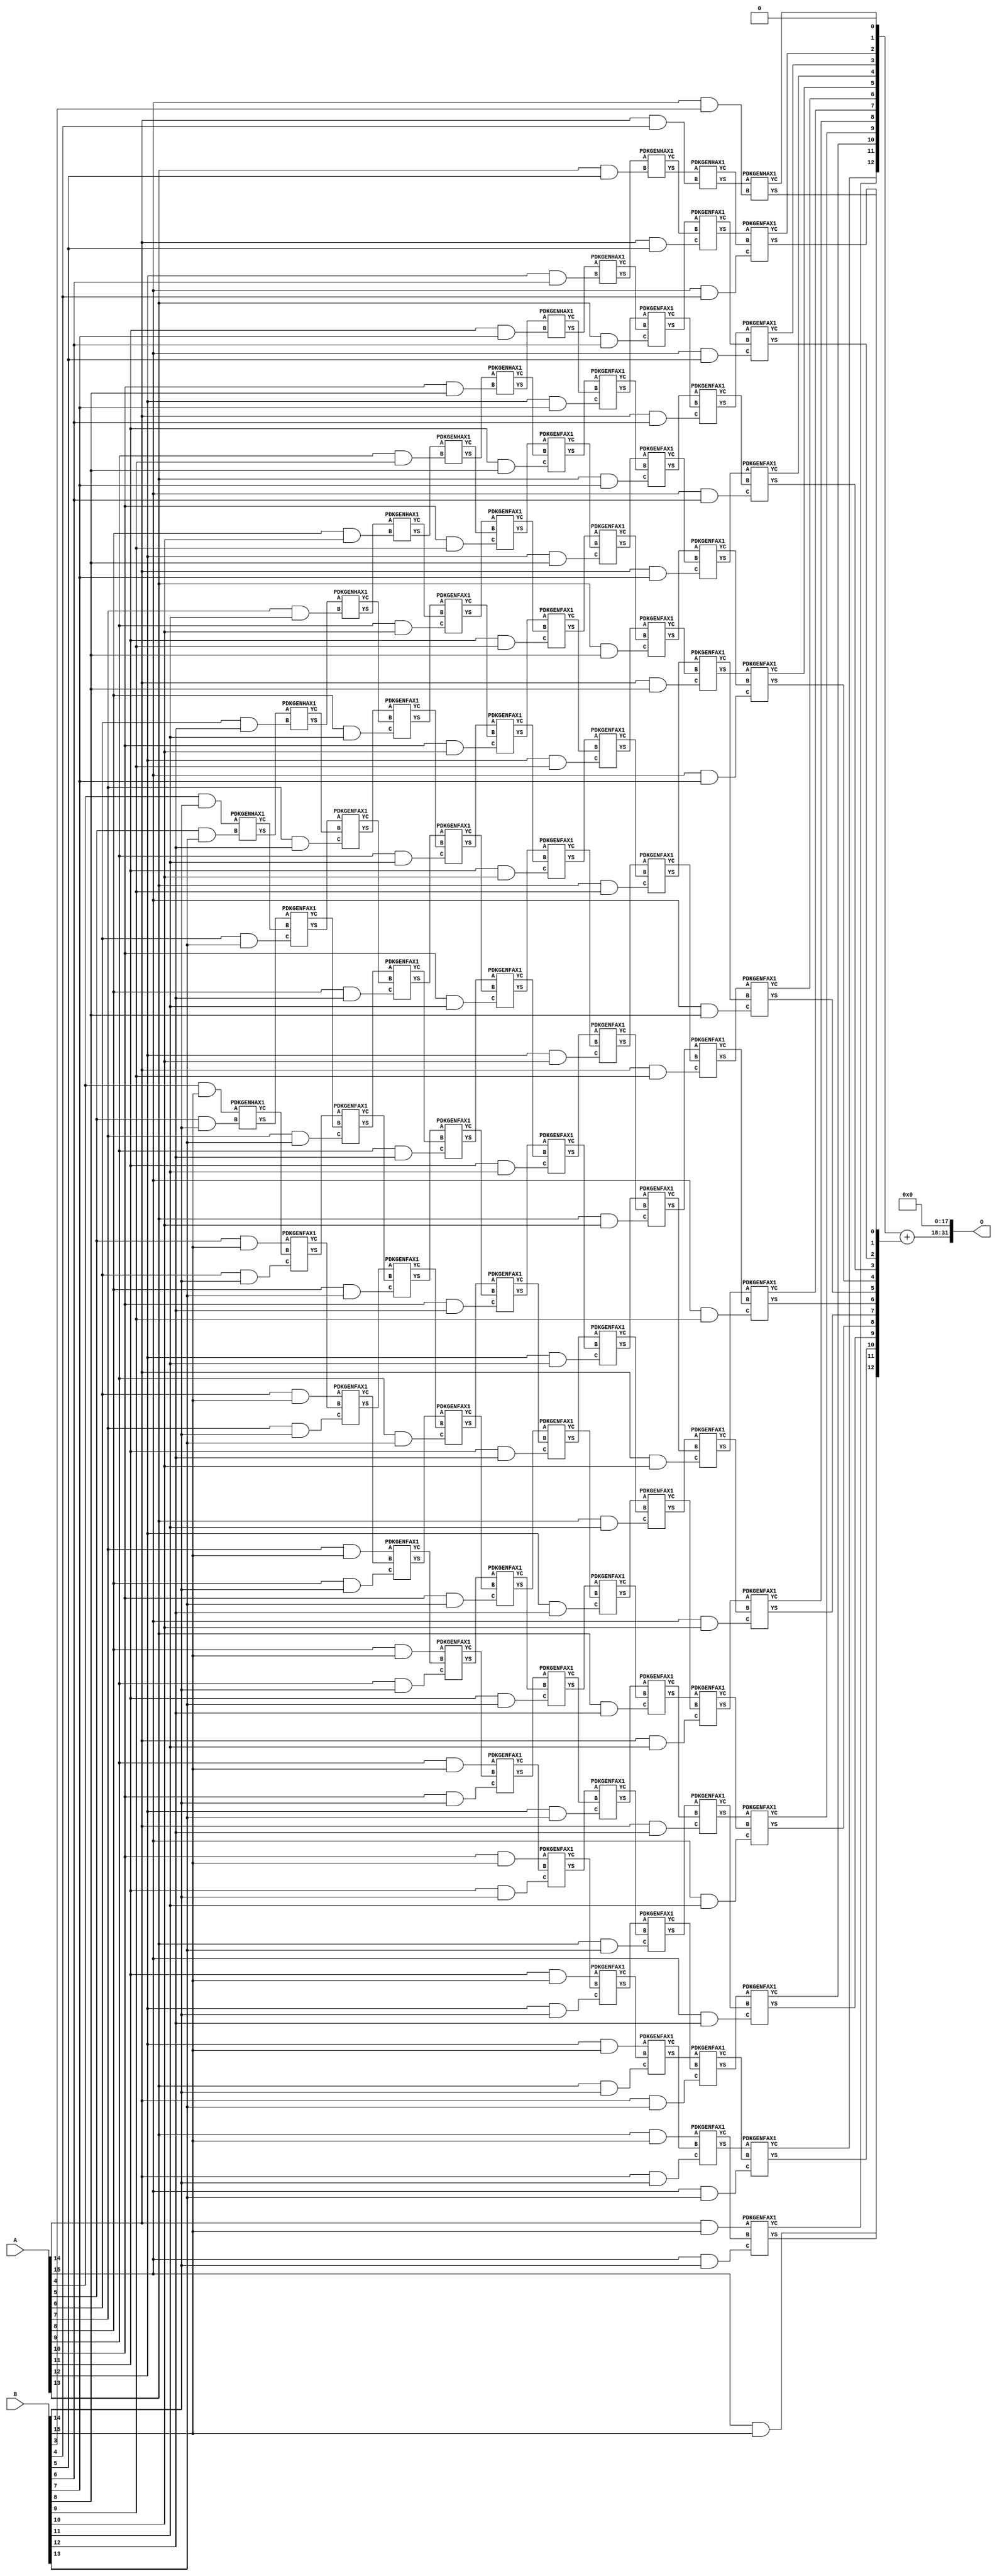
/***
* This code is a part of EvoApproxLib library (ehw.fit.vutbr.cz/approxlib) distributed under The MIT License.
* When used, please cite the following article(s): PRABAKARAN B. S., MRAZEK V., VASICEK Z., SEKANINA L., SHAFIQUE M. ApproxFPGAs: Embracing ASIC-based Approximate Arithmetic Components for FPGA-Based Systems. DAC 2020. 
***/
// MAE% = 0.024 %
// MAE = 1015808 
// WCE% = 0.095 %
// WCE = 4063233 
// WCRE% = 100.00 %
// EP% = 99.99 %
// MRE% = 0.65 %
// MSE = 12001.455e8 
// FPGA_POWER = 2.2
// FPGA_DELAY = 13
// FPGA_LUT = 126


module mul16u_HBT ( A, B, O );
  input [15:0] A;
  input [15:0] B;
  output [31:0] O;

  wire C_10_10,C_10_11,C_10_12,C_10_13,C_10_14,C_10_8,C_10_9,C_11_10,C_11_11,C_11_12,C_11_13,C_11_14,C_11_7,C_11_8,C_11_9,C_12_10,C_12_11,C_12_12,C_12_13,C_12_14,C_12_6,C_12_7,C_12_8,C_12_9,C_13_10,C_13_11,C_13_12,C_13_13,C_13_14,C_13_5,C_13_6,C_13_7,C_13_8,C_13_9,C_14_10,C_14_11,C_14_12,C_14_13,C_14_14,C_14_4,C_14_5,C_14_6,C_14_7,C_14_8,C_14_9,C_15_10,C_15_11,C_15_12,C_15_13,C_15_14,C_15_3,C_15_4,C_15_5,C_15_6,C_15_7,C_15_8,C_15_9,C_5_13,C_5_14,C_6_12,C_6_13,C_6_14,C_7_11,C_7_12,C_7_13,C_7_14,C_8_10,C_8_11,C_8_12,C_8_13,C_8_14,C_9_10,C_9_11,C_9_12,C_9_13,C_9_14,C_9_9,S_10_10,S_10_11,S_10_12,S_10_13,S_10_14,S_10_15,S_10_8,S_10_9,S_11_10,S_11_11,S_11_12,S_11_13,S_11_14,S_11_15,S_11_7,S_11_8,S_11_9,S_12_10,S_12_11,S_12_12,S_12_13,S_12_14,S_12_15,S_12_6,S_12_7,S_12_8,S_12_9,S_13_10,S_13_11,S_13_12,S_13_13,S_13_14,S_13_15,S_13_5,S_13_6,S_13_7,S_13_8,S_13_9,S_14_10,S_14_11,S_14_12,S_14_13,S_14_14,S_14_15,S_14_4,S_14_5,S_14_6,S_14_7,S_14_8,S_14_9,S_15_10,S_15_11,S_15_12,S_15_13,S_15_14,S_15_15,S_15_3,S_15_4,S_15_5,S_15_6,S_15_7,S_15_8,S_15_9,S_16_10,S_16_11,S_16_12,S_16_13,S_16_14,S_16_15,S_16_2,S_16_3,S_16_4,S_16_5,S_16_6,S_16_7,S_16_8,S_16_9,S_4_14,S_4_15,S_5_13,S_5_14,S_5_15,S_6_12,S_6_13,S_6_14,S_6_15,S_7_11,S_7_12,S_7_13,S_7_14,S_7_15,S_8_10,S_8_11,S_8_12,S_8_13,S_8_14,S_8_15,S_9_10,S_9_11,S_9_12,S_9_13,S_9_14,S_9_15,S_9_9;

  assign S_4_14 = (A[4] & B[14]);
  assign S_4_15 = (A[4] & B[15]);
  PDKGENHAX1 U405168 (.A(S_4_14), .B((A[5] & B[13])), .YS(S_5_13), .YC(C_5_13));
  PDKGENHAX1 U405169 (.A(S_4_15), .B((A[5] & B[14])), .YS(S_5_14), .YC(C_5_14));
  assign S_5_15 = (A[5] & B[15]);
  PDKGENHAX1 U405183 (.A(S_5_13), .B((A[6] & B[12])), .YS(S_6_12), .YC(C_6_12));
  PDKGENFAX1 U405184 (.A(S_5_14), .B(C_5_13), .C((A[6] & B[13])), .YS(S_6_13), .YC(C_6_13));
  PDKGENFAX1 U405185 (.A(S_5_15), .B(C_5_14), .C((A[6] & B[14])), .YS(S_6_14), .YC(C_6_14));
  assign S_6_15 = (A[6] & B[15]);
  PDKGENHAX1 U405198 (.A(S_6_12), .B((A[7] & B[11])), .YS(S_7_11), .YC(C_7_11));
  PDKGENFAX1 U405199 (.A(S_6_13), .B(C_6_12), .C((A[7] & B[12])), .YS(S_7_12), .YC(C_7_12));
  PDKGENFAX1 U405200 (.A(S_6_14), .B(C_6_13), .C((A[7] & B[13])), .YS(S_7_13), .YC(C_7_13));
  PDKGENFAX1 U405201 (.A(S_6_15), .B(C_6_14), .C((A[7] & B[14])), .YS(S_7_14), .YC(C_7_14));
  assign S_7_15 = (A[7] & B[15]);
  PDKGENHAX1 U405213 (.A(S_7_11), .B((A[8] & B[10])), .YS(S_8_10), .YC(C_8_10));
  PDKGENFAX1 U405214 (.A(S_7_12), .B(C_7_11), .C((A[8] & B[11])), .YS(S_8_11), .YC(C_8_11));
  PDKGENFAX1 U405215 (.A(S_7_13), .B(C_7_12), .C((A[8] & B[12])), .YS(S_8_12), .YC(C_8_12));
  PDKGENFAX1 U405216 (.A(S_7_14), .B(C_7_13), .C((A[8] & B[13])), .YS(S_8_13), .YC(C_8_13));
  PDKGENFAX1 U405217 (.A(S_7_15), .B(C_7_14), .C((A[8] & B[14])), .YS(S_8_14), .YC(C_8_14));
  assign S_8_15 = (A[8] & B[15]);
  PDKGENHAX1 U405228 (.A(S_8_10), .B((A[9] & B[9])), .YS(S_9_9), .YC(C_9_9));
  PDKGENFAX1 U405229 (.A(S_8_11), .B(C_8_10), .C((A[9] & B[10])), .YS(S_9_10), .YC(C_9_10));
  PDKGENFAX1 U405230 (.A(S_8_12), .B(C_8_11), .C((A[9] & B[11])), .YS(S_9_11), .YC(C_9_11));
  PDKGENFAX1 U405231 (.A(S_8_13), .B(C_8_12), .C((A[9] & B[12])), .YS(S_9_12), .YC(C_9_12));
  PDKGENFAX1 U405232 (.A(S_8_14), .B(C_8_13), .C((A[9] & B[13])), .YS(S_9_13), .YC(C_9_13));
  PDKGENFAX1 U405233 (.A(S_8_15), .B(C_8_14), .C((A[9] & B[14])), .YS(S_9_14), .YC(C_9_14));
  assign S_9_15 = (A[9] & B[15]);
  PDKGENHAX1 U405243 (.A(S_9_9), .B((A[10] & B[8])), .YS(S_10_8), .YC(C_10_8));
  PDKGENFAX1 U405244 (.A(S_9_10), .B(C_9_9), .C((A[10] & B[9])), .YS(S_10_9), .YC(C_10_9));
  PDKGENFAX1 U405245 (.A(S_9_11), .B(C_9_10), .C((A[10] & B[10])), .YS(S_10_10), .YC(C_10_10));
  PDKGENFAX1 U405246 (.A(S_9_12), .B(C_9_11), .C((A[10] & B[11])), .YS(S_10_11), .YC(C_10_11));
  PDKGENFAX1 U405247 (.A(S_9_13), .B(C_9_12), .C((A[10] & B[12])), .YS(S_10_12), .YC(C_10_12));
  PDKGENFAX1 U405248 (.A(S_9_14), .B(C_9_13), .C((A[10] & B[13])), .YS(S_10_13), .YC(C_10_13));
  PDKGENFAX1 U405249 (.A(S_9_15), .B(C_9_14), .C((A[10] & B[14])), .YS(S_10_14), .YC(C_10_14));
  assign S_10_15 = (A[10] & B[15]);
  PDKGENHAX1 U405258 (.A(S_10_8), .B((A[11] & B[7])), .YS(S_11_7), .YC(C_11_7));
  PDKGENFAX1 U405259 (.A(S_10_9), .B(C_10_8), .C((A[11] & B[8])), .YS(S_11_8), .YC(C_11_8));
  PDKGENFAX1 U405260 (.A(S_10_10), .B(C_10_9), .C((A[11] & B[9])), .YS(S_11_9), .YC(C_11_9));
  PDKGENFAX1 U405261 (.A(S_10_11), .B(C_10_10), .C((A[11] & B[10])), .YS(S_11_10), .YC(C_11_10));
  PDKGENFAX1 U405262 (.A(S_10_12), .B(C_10_11), .C((A[11] & B[11])), .YS(S_11_11), .YC(C_11_11));
  PDKGENFAX1 U405263 (.A(S_10_13), .B(C_10_12), .C((A[11] & B[12])), .YS(S_11_12), .YC(C_11_12));
  PDKGENFAX1 U405264 (.A(S_10_14), .B(C_10_13), .C((A[11] & B[13])), .YS(S_11_13), .YC(C_11_13));
  PDKGENFAX1 U405265 (.A(S_10_15), .B(C_10_14), .C((A[11] & B[14])), .YS(S_11_14), .YC(C_11_14));
  assign S_11_15 = (A[11] & B[15]);
  PDKGENHAX1 U405273 (.A(S_11_7), .B((A[12] & B[6])), .YS(S_12_6), .YC(C_12_6));
  PDKGENFAX1 U405274 (.A(S_11_8), .B(C_11_7), .C((A[12] & B[7])), .YS(S_12_7), .YC(C_12_7));
  PDKGENFAX1 U405275 (.A(S_11_9), .B(C_11_8), .C((A[12] & B[8])), .YS(S_12_8), .YC(C_12_8));
  PDKGENFAX1 U405276 (.A(S_11_10), .B(C_11_9), .C((A[12] & B[9])), .YS(S_12_9), .YC(C_12_9));
  PDKGENFAX1 U405277 (.A(S_11_11), .B(C_11_10), .C((A[12] & B[10])), .YS(S_12_10), .YC(C_12_10));
  PDKGENFAX1 U405278 (.A(S_11_12), .B(C_11_11), .C((A[12] & B[11])), .YS(S_12_11), .YC(C_12_11));
  PDKGENFAX1 U405279 (.A(S_11_13), .B(C_11_12), .C((A[12] & B[12])), .YS(S_12_12), .YC(C_12_12));
  PDKGENFAX1 U405280 (.A(S_11_14), .B(C_11_13), .C((A[12] & B[13])), .YS(S_12_13), .YC(C_12_13));
  PDKGENFAX1 U405281 (.A(S_11_15), .B(C_11_14), .C((A[12] & B[14])), .YS(S_12_14), .YC(C_12_14));
  assign S_12_15 = (A[12] & B[15]);
  PDKGENHAX1 U405288 (.A(S_12_6), .B((A[13] & B[5])), .YS(S_13_5), .YC(C_13_5));
  PDKGENFAX1 U405289 (.A(S_12_7), .B(C_12_6), .C((A[13] & B[6])), .YS(S_13_6), .YC(C_13_6));
  PDKGENFAX1 U405290 (.A(S_12_8), .B(C_12_7), .C((A[13] & B[7])), .YS(S_13_7), .YC(C_13_7));
  PDKGENFAX1 U405291 (.A(S_12_9), .B(C_12_8), .C((A[13] & B[8])), .YS(S_13_8), .YC(C_13_8));
  PDKGENFAX1 U405292 (.A(S_12_10), .B(C_12_9), .C((A[13] & B[9])), .YS(S_13_9), .YC(C_13_9));
  PDKGENFAX1 U405293 (.A(S_12_11), .B(C_12_10), .C((A[13] & B[10])), .YS(S_13_10), .YC(C_13_10));
  PDKGENFAX1 U405294 (.A(S_12_12), .B(C_12_11), .C((A[13] & B[11])), .YS(S_13_11), .YC(C_13_11));
  PDKGENFAX1 U405295 (.A(S_12_13), .B(C_12_12), .C((A[13] & B[12])), .YS(S_13_12), .YC(C_13_12));
  PDKGENFAX1 U405296 (.A(S_12_14), .B(C_12_13), .C((A[13] & B[13])), .YS(S_13_13), .YC(C_13_13));
  PDKGENFAX1 U405297 (.A(S_12_15), .B(C_12_14), .C((A[13] & B[14])), .YS(S_13_14), .YC(C_13_14));
  assign S_13_15 = (A[13] & B[15]);
  PDKGENHAX1 U405303 (.A(S_13_5), .B((A[14] & B[4])), .YS(S_14_4), .YC(C_14_4));
  PDKGENFAX1 U405304 (.A(S_13_6), .B(C_13_5), .C((A[14] & B[5])), .YS(S_14_5), .YC(C_14_5));
  PDKGENFAX1 U405305 (.A(S_13_7), .B(C_13_6), .C((A[14] & B[6])), .YS(S_14_6), .YC(C_14_6));
  PDKGENFAX1 U405306 (.A(S_13_8), .B(C_13_7), .C((A[14] & B[7])), .YS(S_14_7), .YC(C_14_7));
  PDKGENFAX1 U405307 (.A(S_13_9), .B(C_13_8), .C((A[14] & B[8])), .YS(S_14_8), .YC(C_14_8));
  PDKGENFAX1 U405308 (.A(S_13_10), .B(C_13_9), .C((A[14] & B[9])), .YS(S_14_9), .YC(C_14_9));
  PDKGENFAX1 U405309 (.A(S_13_11), .B(C_13_10), .C((A[14] & B[10])), .YS(S_14_10), .YC(C_14_10));
  PDKGENFAX1 U405310 (.A(S_13_12), .B(C_13_11), .C((A[14] & B[11])), .YS(S_14_11), .YC(C_14_11));
  PDKGENFAX1 U405311 (.A(S_13_13), .B(C_13_12), .C((A[14] & B[12])), .YS(S_14_12), .YC(C_14_12));
  PDKGENFAX1 U405312 (.A(S_13_14), .B(C_13_13), .C((A[14] & B[13])), .YS(S_14_13), .YC(C_14_13));
  PDKGENFAX1 U405313 (.A(S_13_15), .B(C_13_14), .C((A[14] & B[14])), .YS(S_14_14), .YC(C_14_14));
  assign S_14_15 = (A[14] & B[15]);
  PDKGENHAX1 U405318 (.A(S_14_4), .B((A[15] & B[3])), .YS(S_15_3), .YC(C_15_3));
  PDKGENFAX1 U405319 (.A(S_14_5), .B(C_14_4), .C((A[15] & B[4])), .YS(S_15_4), .YC(C_15_4));
  PDKGENFAX1 U405320 (.A(S_14_6), .B(C_14_5), .C((A[15] & B[5])), .YS(S_15_5), .YC(C_15_5));
  PDKGENFAX1 U405321 (.A(S_14_7), .B(C_14_6), .C((A[15] & B[6])), .YS(S_15_6), .YC(C_15_6));
  PDKGENFAX1 U405322 (.A(S_14_8), .B(C_14_7), .C((A[15] & B[7])), .YS(S_15_7), .YC(C_15_7));
  PDKGENFAX1 U405323 (.A(S_14_9), .B(C_14_8), .C((A[15] & B[8])), .YS(S_15_8), .YC(C_15_8));
  PDKGENFAX1 U405324 (.A(S_14_10), .B(C_14_9), .C((A[15] & B[9])), .YS(S_15_9), .YC(C_15_9));
  PDKGENFAX1 U405325 (.A(S_14_11), .B(C_14_10), .C((A[15] & B[10])), .YS(S_15_10), .YC(C_15_10));
  PDKGENFAX1 U405326 (.A(S_14_12), .B(C_14_11), .C((A[15] & B[11])), .YS(S_15_11), .YC(C_15_11));
  PDKGENFAX1 U405327 (.A(S_14_13), .B(C_14_12), .C((A[15] & B[12])), .YS(S_15_12), .YC(C_15_12));
  PDKGENFAX1 U405328 (.A(S_14_14), .B(C_14_13), .C((A[15] & B[13])), .YS(S_15_13), .YC(C_15_13));
  PDKGENFAX1 U405329 (.A(S_14_15), .B(C_14_14), .C((A[15] & B[14])), .YS(S_15_14), .YC(C_15_14));
  assign S_15_15 = (A[15] & B[15]);
  assign {S_16_15, S_16_14, S_16_13, S_16_12, S_16_11, S_16_10, S_16_9, S_16_8, S_16_7, S_16_6, S_16_5, S_16_4, S_16_3, S_16_2} = {C_15_14, C_15_13, C_15_12, C_15_11, C_15_10, C_15_9, C_15_8, C_15_7, C_15_6, C_15_5, C_15_4, C_15_3, 1'b0} + {S_15_15, S_15_14, S_15_13, S_15_12, S_15_11, S_15_10, S_15_9, S_15_8, S_15_7, S_15_6, S_15_5, S_15_4, S_15_3};
  assign O = {S_16_15,S_16_14,S_16_13,S_16_12,S_16_11,S_16_10,S_16_9,S_16_8,S_16_7,S_16_6,S_16_5,S_16_4,S_16_3,S_16_2,1'b0,1'b0,1'b0,1'b0,1'b0,1'b0,1'b0,1'b0,1'b0,1'b0,1'b0,1'b0,1'b0,1'b0,1'b0,1'b0,1'b0,1'b0};

endmodule

/* mod */
module PDKGENHAX1( input A, input B, output YS, output YC );
    assign YS = A ^ B;
    assign YC = A & B;
endmodule
/* mod */
module PDKGENFAX1( input A, input B, input C, output YS, output YC );
    assign YS = (A ^ B) ^ C;
    assign YC = (A & B) | (B & C) | (A & C);
endmodule